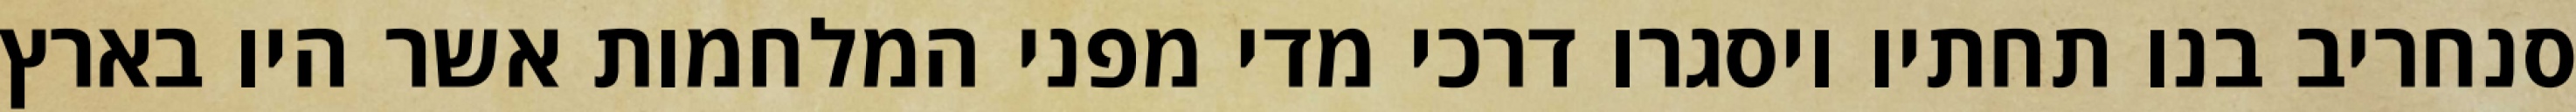
סנחריב בנו תחתיו ויסגרו דרכי מדי מפני המלחמות אשר היו בארץ